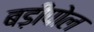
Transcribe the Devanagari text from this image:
बड़ीपोल